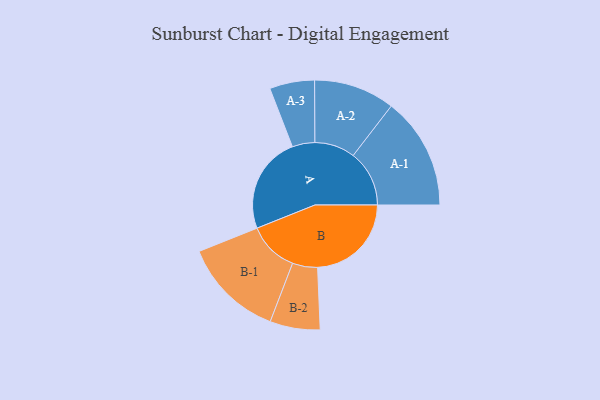
{"axis": {"x": "Segment", "y": "Value"}, "legend": ["", "A", "B"], "data": [{"x": "A", "y": 453, "type": ""}, {"x": "B", "y": 438, "type": ""}, {"x": "A-1", "y": 262, "type": "A"}, {"x": "A-2", "y": 189, "type": "A"}, {"x": "A-3", "y": 105, "type": "A"}, {"x": "B-1", "y": 236, "type": "B"}, {"x": "B-2", "y": 117, "type": "B"}]}